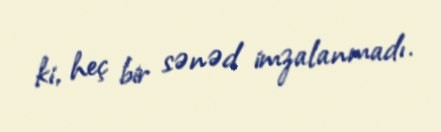
ki, heç bir sənəd imzalanmadı.